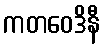
ကတဝေဒိနီ